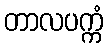
တာလပက္ကံ